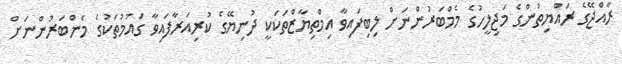
ރާއްޖޭގެ ރައްޔިތުންގެ މަޖިލީހުގެ މެމްބަރުންނަށް ލިބިފައިވާ އިމްތިޔާޒްތަކަކީ ދުނިޔޭގެ ކުރިއަރާފައިވާ ގައުމުތަކުގެ މެންބަރުންނަށް